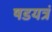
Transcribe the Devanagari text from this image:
षडयत्रं